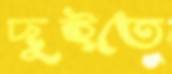
দুইতে